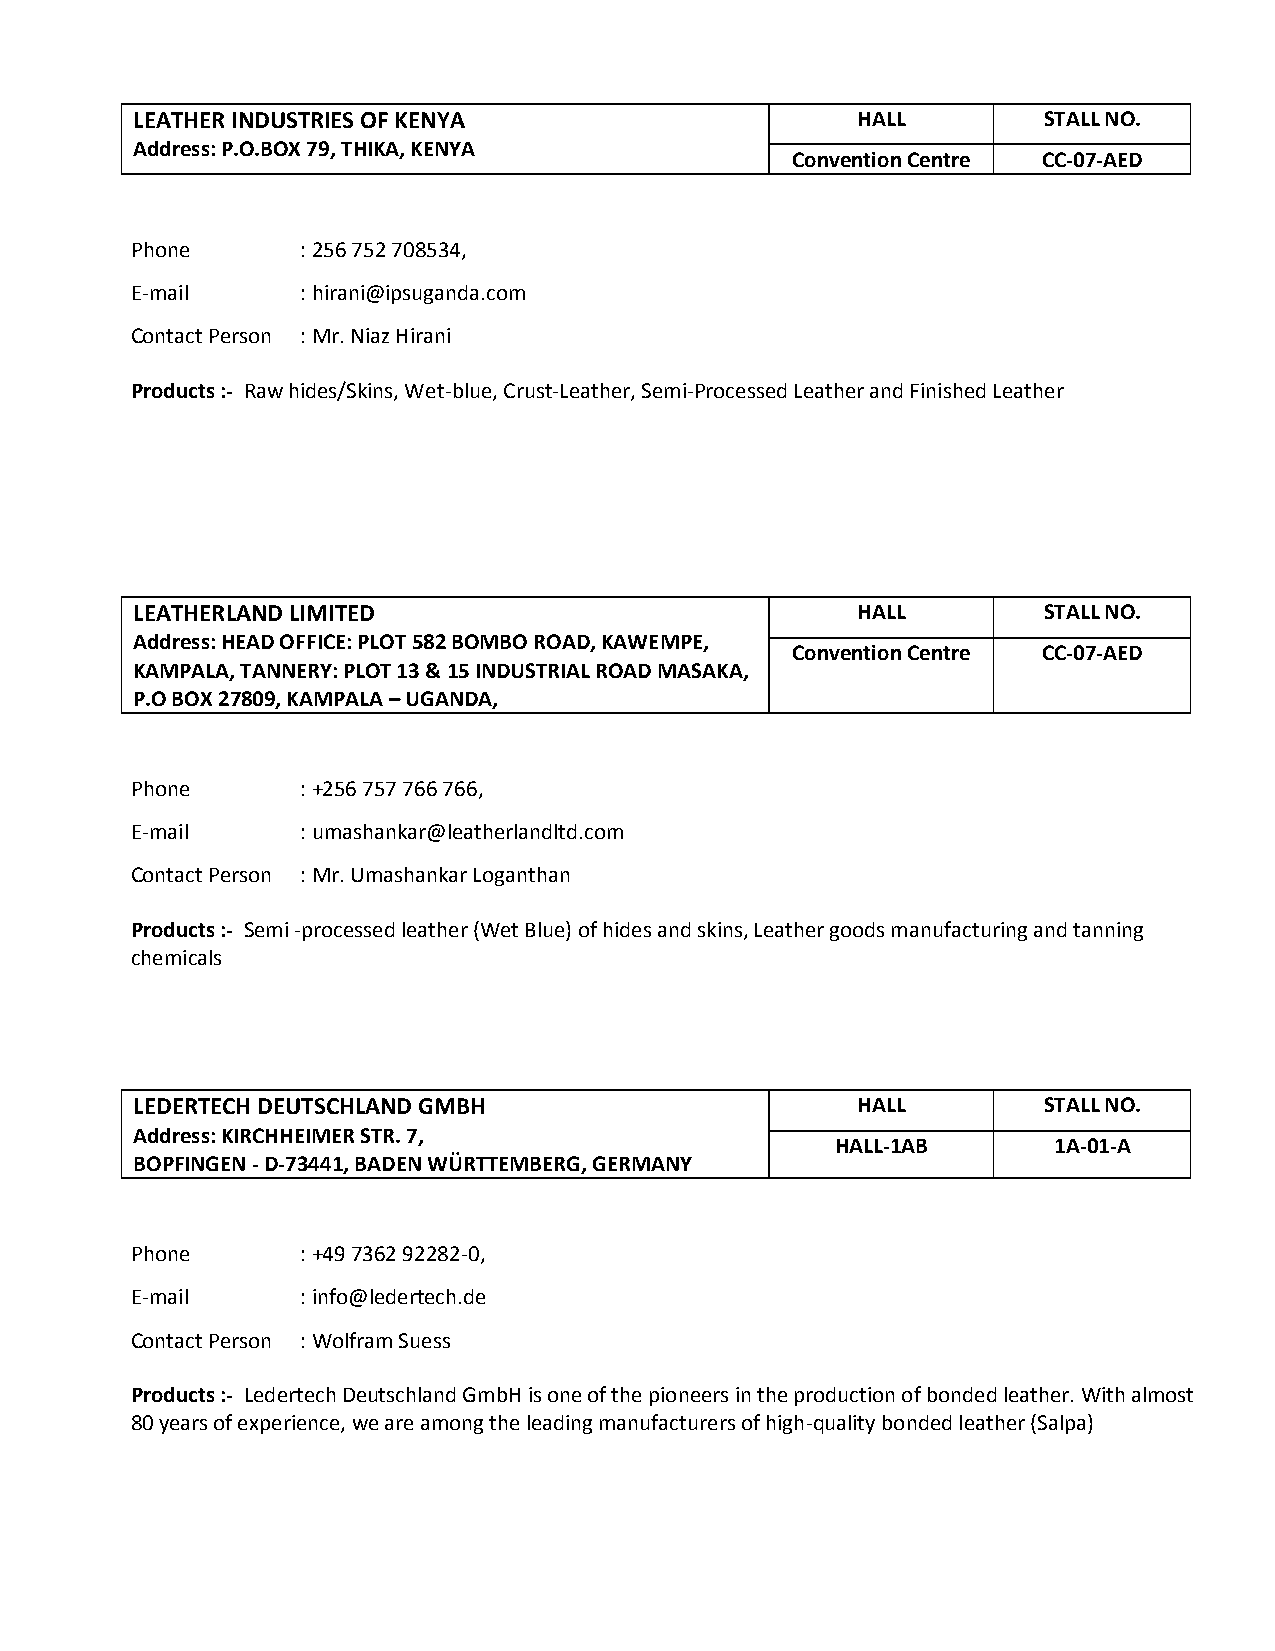
LEATHER INDUSTRIES OF KENYA                     HALL        STALL NO.
 Address: P.O.BOX 79, THIKA, KENYA
 Convention Centre CC-07-AED
 Phone      : 256 752 708534,
 E-mail     : hirani@ipsuganda.com
 Contact Person : Mr. Niaz Hirani
 Products :- Raw hides/Skins, Wet-blue, Crust-Leather, Semi-Processed Leather and Finished Leather
 LEATHERLAND LIMITED                             HALL        STALL NO.
 Address: HEAD OFFICE: PLOT 582 BOMBO ROAD, KAWEMPE,
 Convention Centre CC-07-AED
 KAMPALA, TANNERY: PLOT 13 & 15 INDUSTRIAL ROAD MASAKA,
 P.O BOX 27809, KAMPALA – UGANDA,
 Phone      : +256 757 766 766,
 E-mail     : umashankar@leatherlandltd.com
 Contact Person : Mr. Umashankar Loganthan
 Products :- Semi -processed leather (Wet Blue) of hides and skins, Leather goods manufacturing and tanning
 chemicals
 LEDERTECH DEUTSCHLAND GMBH                      HALL        STALL NO.
 Address: KIRCHHEIMER STR. 7,
 HALL-1AB       1A-01-A
 BOPFINGEN - D-73441, BADEN WÜRTTEMBERG, GERMANY
 Phone      : +49 7362 92282-0,
 E-mail     : info@ledertech.de
 Contact Person : Wolfram Suess
 Products :- Ledertech Deutschland GmbH is one of the pioneers in the production of bonded leather. With almost
 80 years of experience, we are among the leading manufacturers of high-quality bonded leather (Salpa)